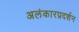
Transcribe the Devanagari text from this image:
अलंकारप्रदर्शन